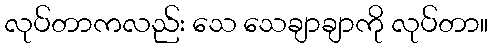
လုပ်တာကလည်း သေ သေချာချာကို လုပ်တာ။